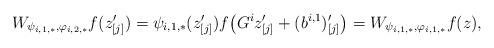
LaTeX: \begin{align*}W_{\psi_{i,1,*},\varphi_{i,2,*}}f(z'_{[j]}) = \psi_{i,1,*}(z'_{[j]})f\big(G^i z'_{[j]} + (b^{i,1})'_{[j]}\big) = W_{\psi_{i,1,*},\varphi_{i,1,*}}f(z),\end{align*}